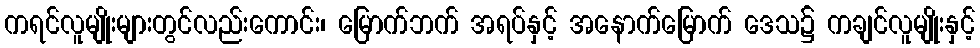
ကရင်လူမျိုးများတွင်လည်းကောင်း၊ မြောက်ဘက် အရပ်နှင့် အနောက်မြောက် ဒေသ၌ ကချင်လူမျိုးနှင့်